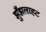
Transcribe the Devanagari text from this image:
झुँझलाहट